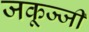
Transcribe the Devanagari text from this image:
जकूज्जी